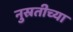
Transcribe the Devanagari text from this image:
नुस्रतीच्या